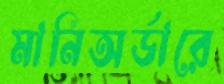
মানিঅর্ডারে